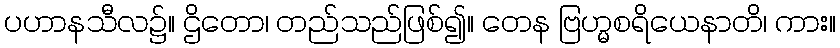
ပဟာနသီလ၌။ ဌိတော၊ တည်သည်ဖြစ်၍။ တေန ဗြဟ္မစရိယေနာတိ၊ ကား။